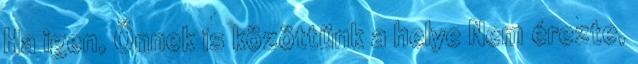
Ha igen, Önnek is közöttünk a helye Nem érezte,